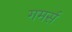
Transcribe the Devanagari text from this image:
गमर्स